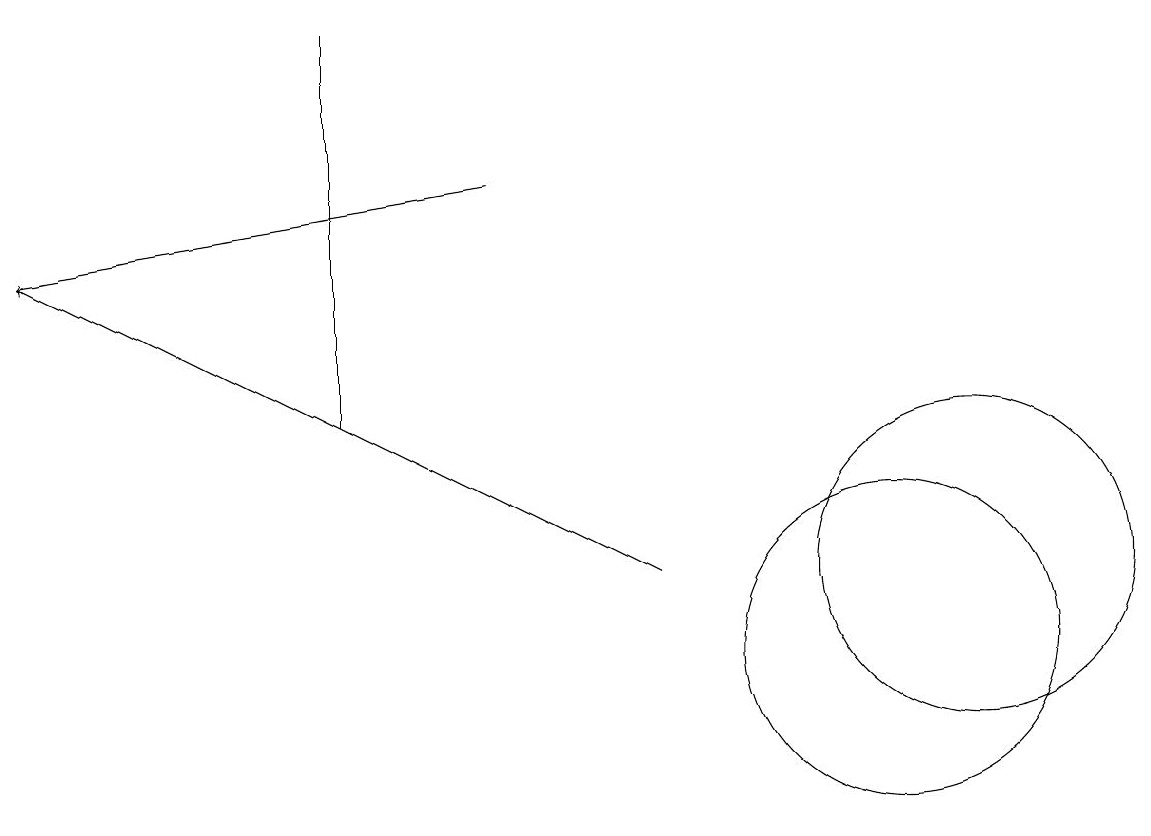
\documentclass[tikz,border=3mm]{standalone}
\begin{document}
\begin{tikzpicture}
\draw (4,13) rectangle (4,18);
\draw[->] (8,11) -- (0,15);
\draw (12,11) circle (2);
\draw (11,10) circle (2);
\draw[->] (6,16) -- (0,15);
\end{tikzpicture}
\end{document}